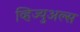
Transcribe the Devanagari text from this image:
व्हिज्युअल्स